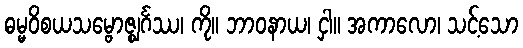
ဓမ္မဝိစယသမ္ဗောဇ္ဈင်္ဂဿ၊ ကို။ ဘာဝနာယ၊ ငှါ။ အကာလော၊ သင့်သော